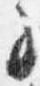
子